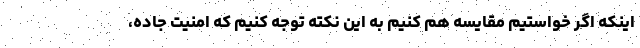
اینکه اگر خواستیم مقایسه هم کنیم به این نکته توجه کنیم که امنیت جاده،